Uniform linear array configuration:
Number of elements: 8
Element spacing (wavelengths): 0.5
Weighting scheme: binomial
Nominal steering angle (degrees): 15
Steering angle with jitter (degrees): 14.496
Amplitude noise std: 0.05
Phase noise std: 0.05

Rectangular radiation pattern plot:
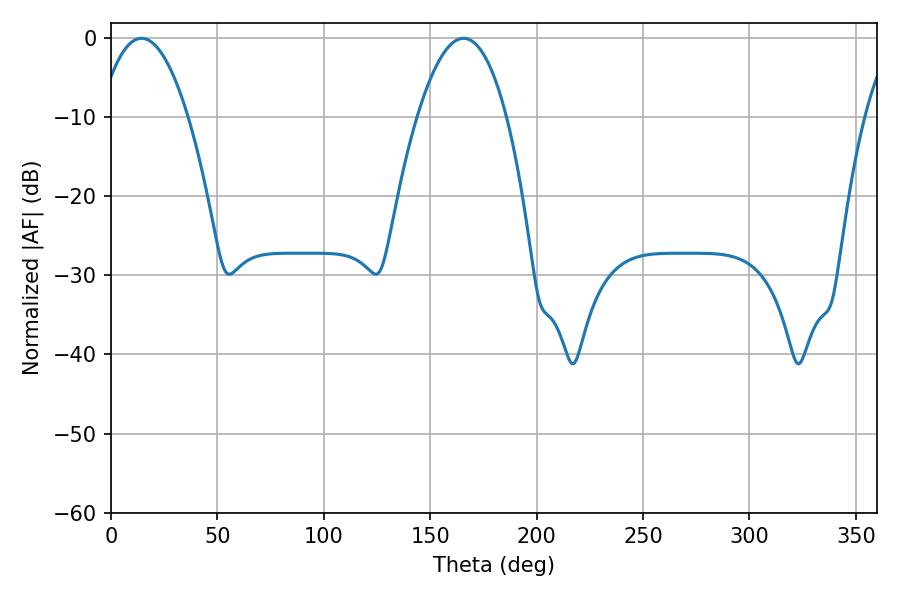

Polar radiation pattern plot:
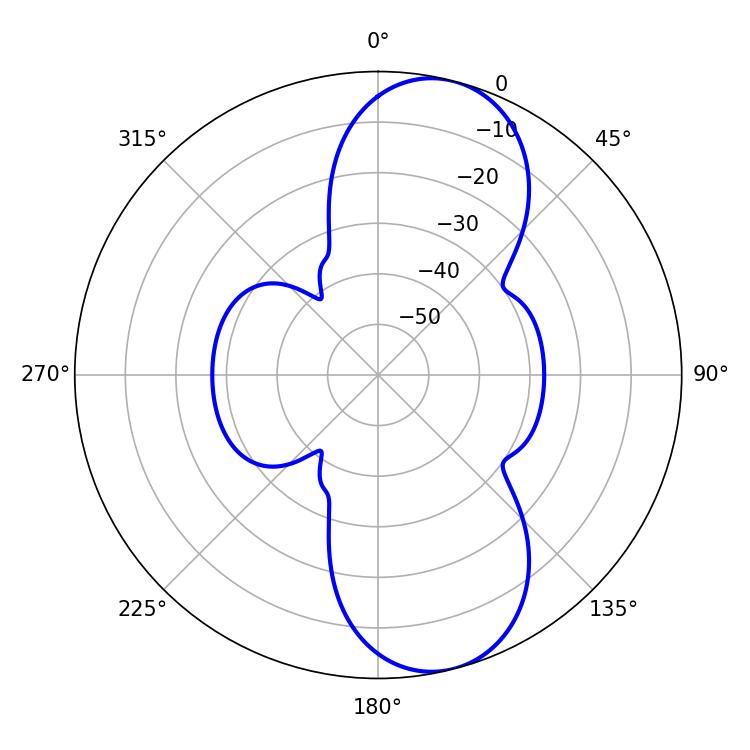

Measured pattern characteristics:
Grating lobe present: FALSE
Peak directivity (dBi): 9.627
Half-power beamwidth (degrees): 23.04
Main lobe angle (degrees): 14.4